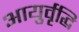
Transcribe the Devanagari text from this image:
आयुर्वृद्धि